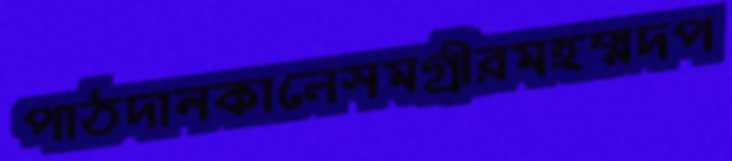
পাঠদানকালেসমগ্রীরমহম্মদপ